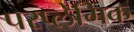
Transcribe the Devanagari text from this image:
परप्लेगिक